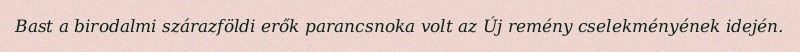
Bast a birodalmi szárazföldi erők parancsnoka volt az Új remény cselekményének idején.